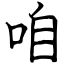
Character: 咱